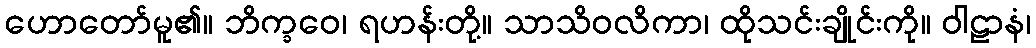
ဟောတော်မူ၏။ ဘိက္ခဝေ၊ ရဟန်းတို့။ သာသိဝလိကာ၊ ထိုသင်းချိုင်းကို။ ဝါဠာနံ၊